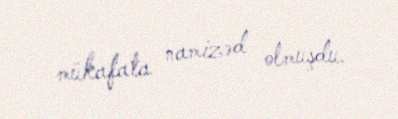
mükafata namizəd olmuşdu.